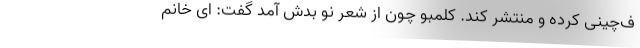
ف‌چینی کرده و منتشر کند. کلمبو چون از شعر نو بدش آمد گفت: ای خانم